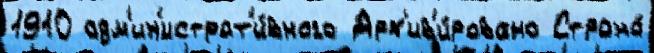
1910 адм'ин'истрат'и́вного Арх'ив'и́ровано Страна́